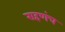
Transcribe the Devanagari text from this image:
राहणंच